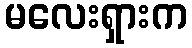
မလေးရှားက